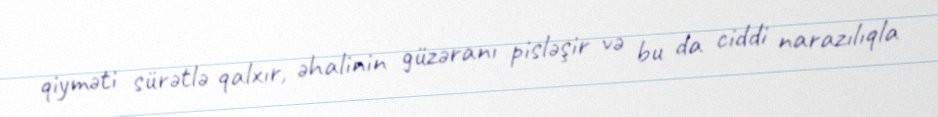
qiyməti sürətlə qalxır, əhalinin güzəranı pisləşir və bu da ciddi narazılıqla